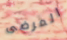
المرضى